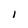
Character: l